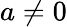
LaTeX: a\neq 0